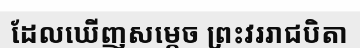
ដែលឃើញសម្តេច ព្រះវររាជបិតា